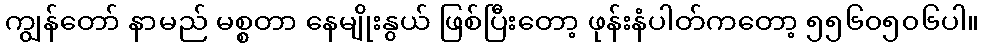
ကျွန်တော် နာမည် မစ္စတာ နေမျိုးနွယ် ဖြစ်ပြီးတော့ ဖုန်းနံပါတ်ကတော့ ၅၅၆၀၅၀၆ပါ။